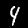
Digit: 4